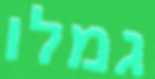
גמלו